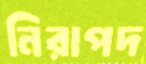
নিরাপদ